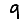
Digit: 9